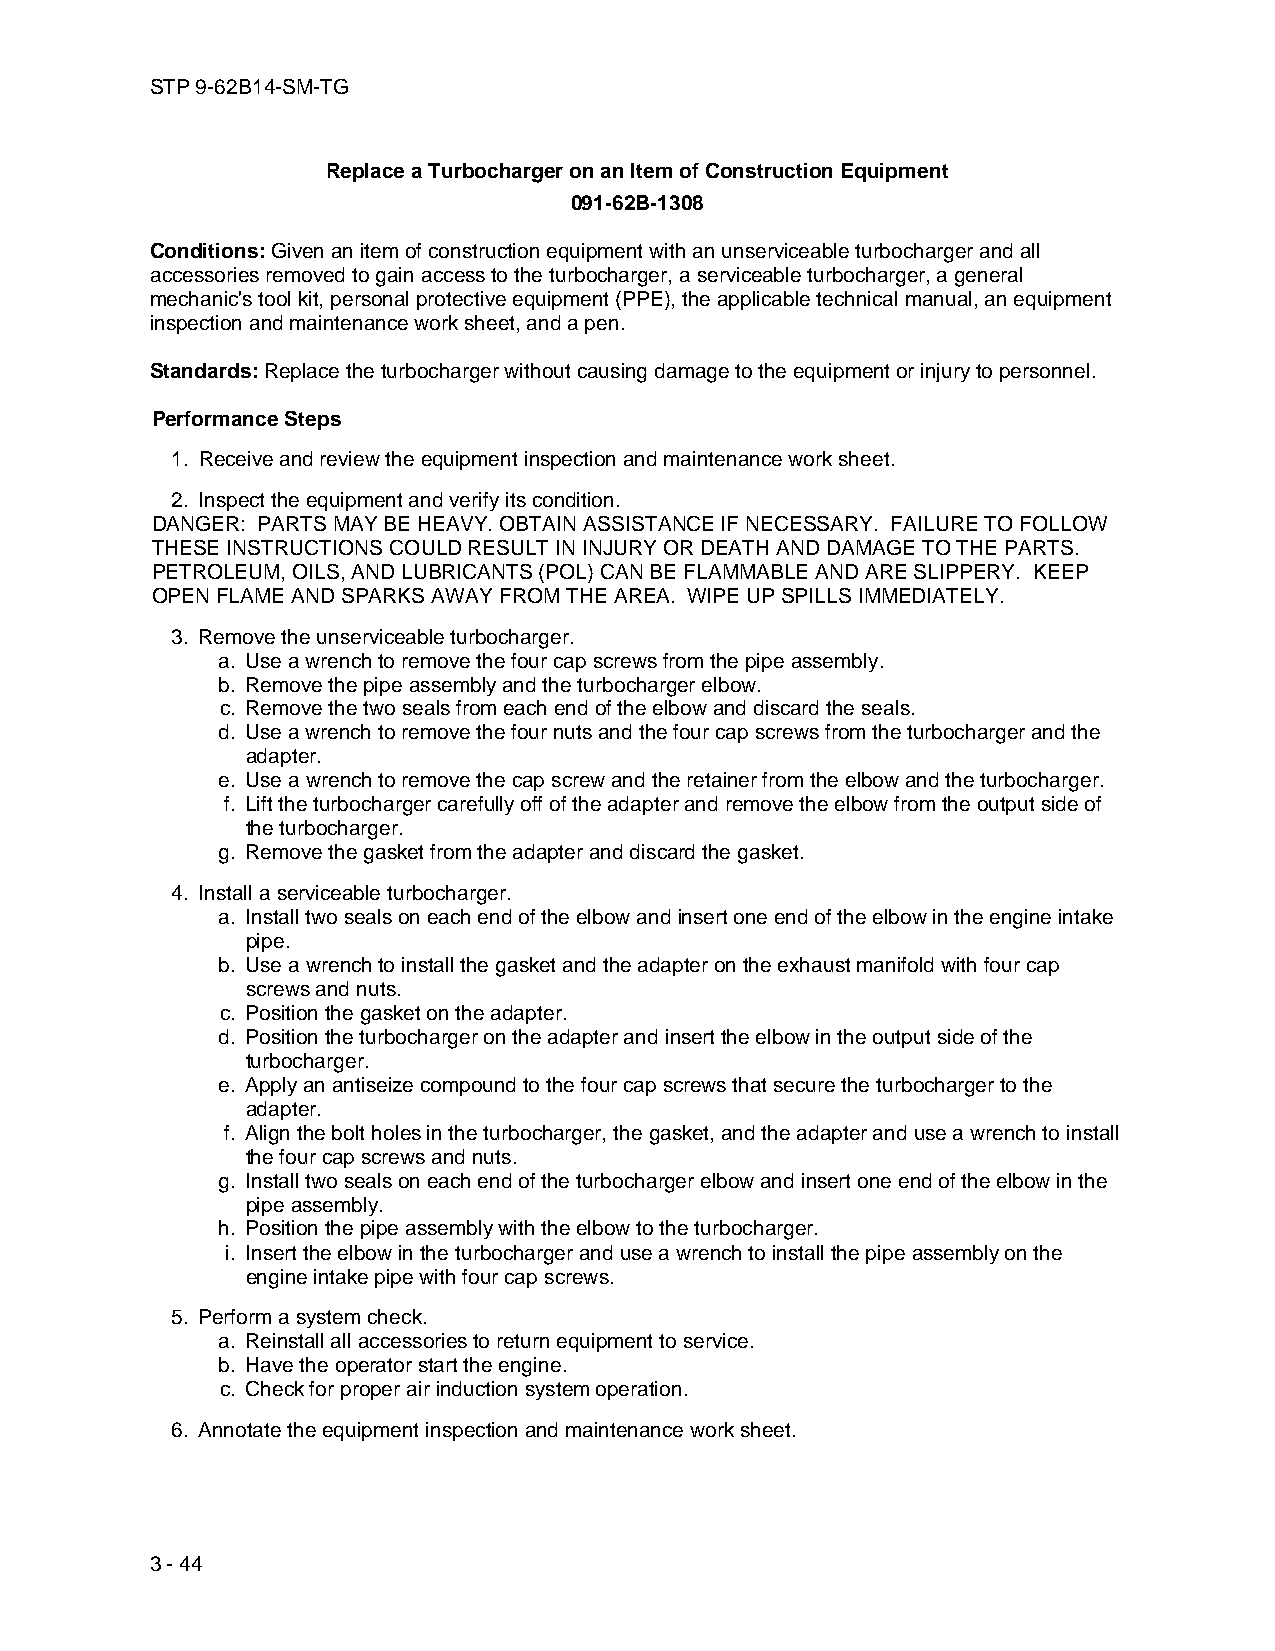
STP 9-62B14-SM-TG
 Replace a Turbocharger on an Item of Construction Equipment
 091-62B-1308
 Conditions: Given an item of construction equipment with an unserviceable turbocharger and all
 accessories removed to gain access to the turbocharger, a serviceable turbocharger, a general
 mechanic's tool kit, personal protective equipment (PPE), the applicable technical manual, an equipment
 inspection and maintenance work sheet, and a pen.
 Standards: Replace the turbocharger without causing damage to the equipment or injury to personnel.
 Performance Steps
 1. Receive and review the equipment inspection and maintenance work sheet.
 2. Inspect the equipment and verify its condition.
 DANGER: PARTS MAY BE HEAVY. OBTAIN ASSISTANCE IF NECESSARY. FAILURE TO FOLLOW
 THESE INSTRUCTIONS COULD RESULT IN INJURY OR DEATH AND DAMAGE TO THE PARTS.
 PETROLEUM, OILS, AND LUBRICANTS (POL) CAN BE FLAMMABLE AND ARE SLIPPERY. KEEP
 OPEN FLAME AND SPARKS AWAY FROM THE AREA. WIPE UP SPILLS IMMEDIATELY.
 3. Remove the unserviceable turbocharger.
 a. Use a wrench to remove the four cap screws from the pipe assembly.
 b. Remove the pipe assembly and the turbocharger elbow.
 c. Remove the two seals from each end of the elbow and discard the seals.
 d. Use a wrench to remove the four nuts and the four cap screws from the turbocharger and the
 adapter.
 e. Use a wrench to remove the cap screw and the retainer from the elbow and the turbocharger.
 f. Lift the turbocharger carefully off of the adapter and remove the elbow from the output side of
 the turbocharger.
 g. Remove the gasket from the adapter and discard the gasket.
 4. Install a serviceable turbocharger.
 a. Install two seals on each end of the elbow and insert one end of the elbow in the engine intake
 pipe.
 b. Use a wrench to install the gasket and the adapter on the exhaust manifold with four cap
 screws and nuts.
 c. Position the gasket on the adapter.
 d. Position the turbocharger on the adapter and insert the elbow in the output side of the
 turbocharger.
 e. Apply an antiseize compound to the four cap screws that secure the turbocharger to the
 adapter.
 f. Align the bolt holes in the turbocharger, the gasket, and the adapter and use a wrench to install
 the four cap screws and nuts.
 g. Install two seals on each end of the turbocharger elbow and insert one end of the elbow in the
 pipe assembly.
 h. Position the pipe assembly with the elbow to the turbocharger.
 i. Insert the elbow in the turbocharger and use a wrench to install the pipe assembly on the
 engine intake pipe with four cap screws.
 5. Perform a system check.
 a. Reinstall all accessories to return equipment to service.
 b. Have the operator start the engine.
 c. Check for proper air induction system operation.
 6. Annotate the equipment inspection and maintenance work sheet.
 3 - 44